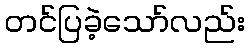
တင်ပြခဲ့သော်လည်း